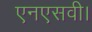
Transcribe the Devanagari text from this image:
एनएसवी।